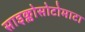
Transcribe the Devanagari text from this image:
साइक्लोसोटोमाटा